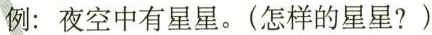
例：夜空中有星星。(怎样的星星?)